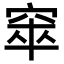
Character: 𥦑